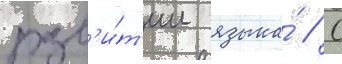
разв'и́т'ии языка́ // С